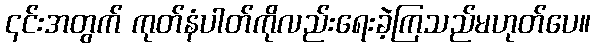
၎င်းအတွက် ကုတ်နံပါတ်ကိုလည်းရေးခဲ့ကြသည်မဟုတ်ပေ။